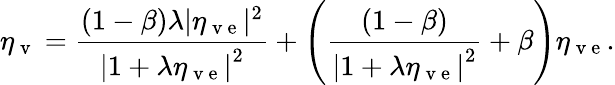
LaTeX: \eta_{\mathrm{~v~}}=\frac{(1-\beta)\lambda|\eta_{\mathrm{~v~e~}}|^{2}}{\left|1+\lambda\eta_{\mathrm{~v~e~}}\right|^{2}}+\left(\frac{(1-\beta)}{\left|1+\lambda\eta_{\mathrm{~v~e~}}\right|^{2}}+\beta\right)\eta_{\mathrm{~v~e~}}.